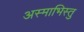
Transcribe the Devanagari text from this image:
अस्माभिस्तु